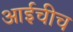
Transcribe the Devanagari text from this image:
आईचीच